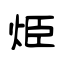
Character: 烥